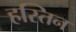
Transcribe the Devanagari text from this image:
हस्तिन